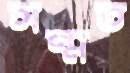
সন্মত